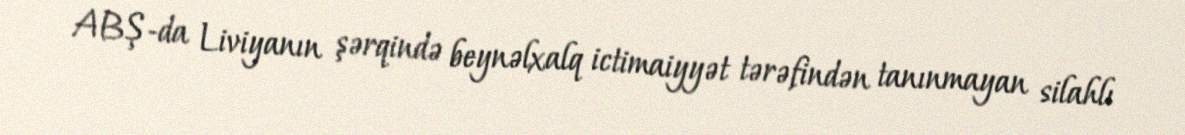
ABŞ-da Liviyanın şərqində beynəlxalq ictimaiyyət tərəfindən tanınmayan silahlı